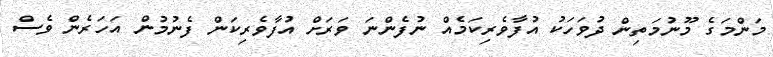
މަންމަގެ މޫނުމަތިން ދުވަހަކު އުފާވެރިކަމެއް ނުފެންނަ ވަރަށް އުފާވެރިކަން ފެނުމުން އަހަރެން ވެސް